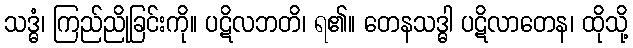
သဒ္ဓံ၊ ကြည်ညိုခြင်းကို။ ပဋိလဘတိ၊ ရ၏။ တေနသဒ္ဓါ ပဋိလာတေန၊ ထိုသို့